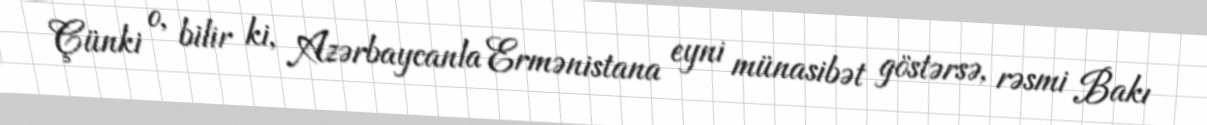
Çünki o, bilir ki, Azərbaycanla Ermənistana eyni münasibət göstərsə, rəsmi Bakı